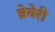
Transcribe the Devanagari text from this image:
ब्रेवेरी